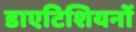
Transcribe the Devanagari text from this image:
डाएटिशियनों